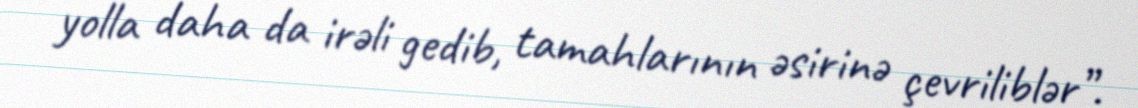
yolla daha da irəli gedib, tamahlarının əsirinə çevriliblər”.